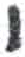
אות: י